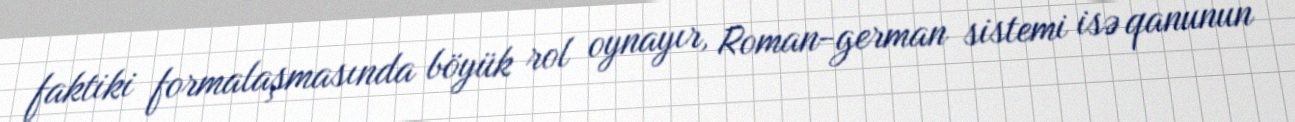
faktiki formalaşmasında böyük rol oynayır, Roman-german sistemi isə qanunun